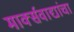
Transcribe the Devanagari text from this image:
मार्क्सवाद्यांचा